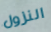
النزول